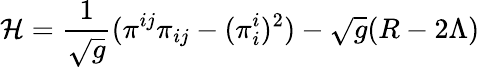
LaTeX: {\cal H}=\frac{1}{\sqrt{g}}(\pi^{ij}\pi_{ij}-(\pi_{i}^{i})^{2})-\sqrt{g}(R-2\Lambda)